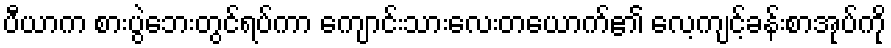
ပီယာက စားပွဲဘေးတွင်ရပ်ကာ ကျောင်းသားလေးတယောက်၏ လေ့ကျင့်ခန်းစာအုပ်ကို